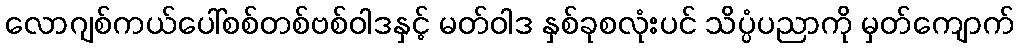
လောဂျစ်ကယ်ပေါ်စစ်တစ်ဗစ်ဝါဒနှင့် မတ်ဝါဒ နှစ်ခုစလုံးပင် သိပ္ပံပညာကို မှတ်ကျောက်